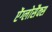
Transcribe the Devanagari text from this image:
ऐंग्लोसैक्स